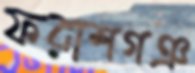
ফরাশগঞ